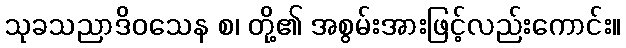
သုခသညာဒိဝသေန စ၊ တို့၏ အစွမ်းအားဖြင့်လည်းကောင်း။